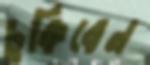
চুকিবেন